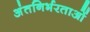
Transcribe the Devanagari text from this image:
अंतनिर्भरताओं